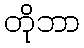
တိုဘာ